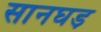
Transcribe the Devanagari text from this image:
सानघड़